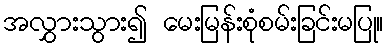
အလွှားသွား၍ မေးမြန်းစုံစမ်းခြင်းမပြု။